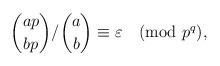
LaTeX: \begin{align*} \binom{a p}{b p} / \binom{a}{b} \equiv \varepsilon \pmod{p^q}, \end{align*}